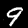
Digit: 9